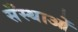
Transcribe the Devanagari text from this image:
सँस्थाओं